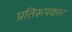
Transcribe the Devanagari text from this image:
प्रतिरूपकार